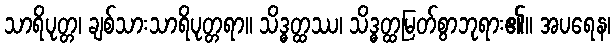
သာရိပုတ္တ၊ ချစ်သားသာရိပုတ္တရာ။ သိဒ္ဓတ္ထဿ၊ သိဒ္ဓတ္ထမြတ်စွာဘုရား၏။ အပရေန၊